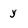
Character: y